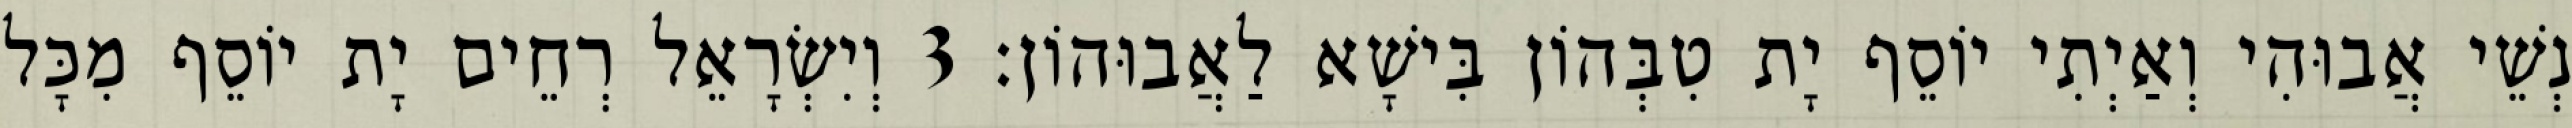
נְשֵׁי אֲבוּהִי וְאַיְתִי יוֹסֵף יָת טִבְּהוֹן בִּישָׁא לַאֲבוּהוֹן׃ 3 וְיִשְׂרָאֵל רְחֵים יָת יוֹסֵף מִכָּל